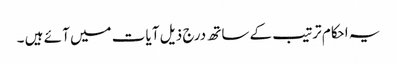
یہ احکام ترتیب کے ساتھ درج ذیل آ یات میں آ ئے ہیں ۔